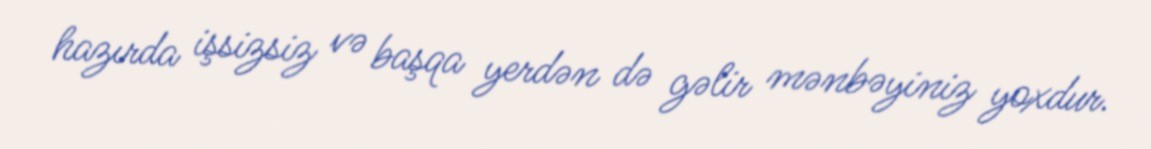
hazırda işsizsiz və başqa yerdən də gəlir mənbəyiniz yoxdur.